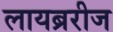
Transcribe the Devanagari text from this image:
लायब्ररीज